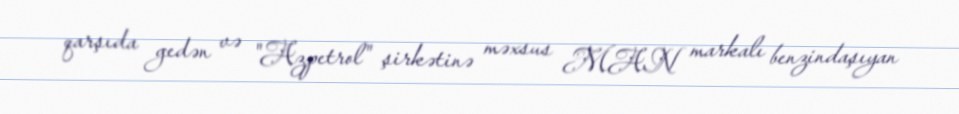
qarşıda gedən və "Azpetrol" şirkətinə məxsus MAN markalı benzindaşıyan